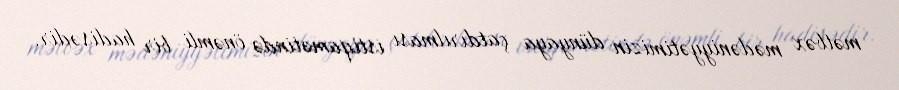
mətbəx mədəniyyətimizin dünyaya çatdırılması istiqamətində önəmli bir hadisədir.